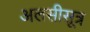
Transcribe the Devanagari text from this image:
अलसीसूत्र